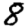
Digit: 8